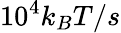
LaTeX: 10^{4}k_{B}T/s